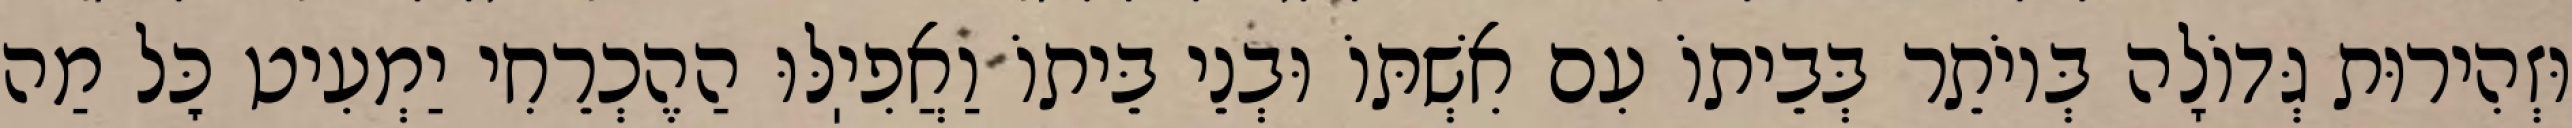
וּזְהִירוּת גְּדוֹלָה בְּיוֹתֵר בְּבֵיתוֹ עִם אִשְׁתּוֹ וּבְנֵי בֵּיתוֹ וַאֲפִיֽלּוּ הַהֶכְרֵחִי יַמְעִיט כׇּל מַה